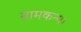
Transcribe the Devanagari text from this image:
ग्रामकन्या